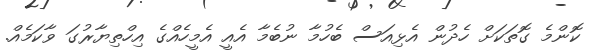
ކޮންމެ ގޮތަކަށް ހެދުން އެޅިއަސް ބެހުމާ ނުބެމާ އެއީ އެމީހެއްގެ އިހްތިޔާރުގަ ވާކަމެއް.